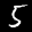
Label: 5